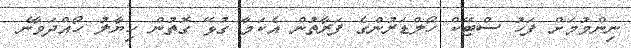
ނިންމުމަށް ފަހު ސްޓޭކް ހޯލްޑަރުންގެ ފަރާތުން އެކަމާ ގުޅޭ ގޮތުން ހިޔާލު ހޯއްދަވާނެ